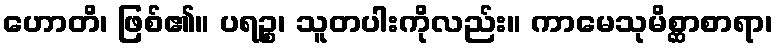
ဟောတိ၊ ဖြစ်၏။ ပရဉ္စ၊ သူတပါးကိုလည်း။ ကာမေသုမိစ္ဆာစာရာ၊